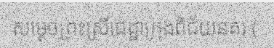
សម្តេចព្រះស្រីជេដ្ឋាក្រុងពិជ័យនគរ (